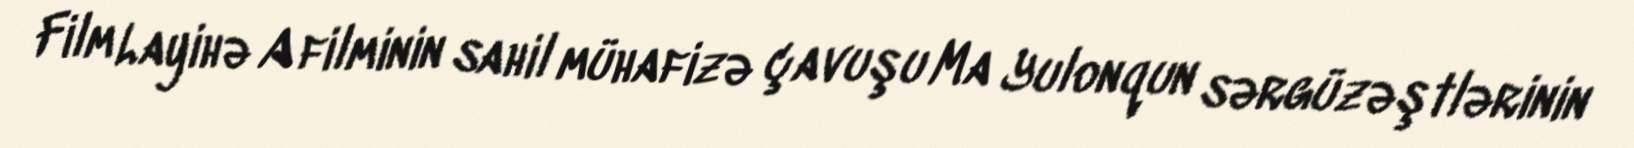
Film Layihə A filminin sahil mühafizə çavuşu Ma Yulonqun sərgüzəştlərinin